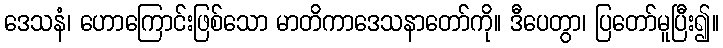
ဒေသနံ၊ ဟောကြောင်းဖြစ်သော မာတိကာဒေသနာတော်ကို။ ဒီပေတွာ၊ ပြတော်မူပြီး၍။